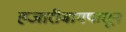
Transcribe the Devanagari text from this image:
हजारीबागपासून